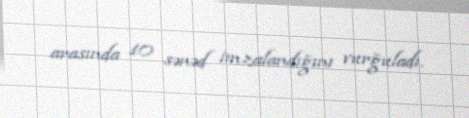
arasında 10 sənəd imzalandığını vurğuladı.